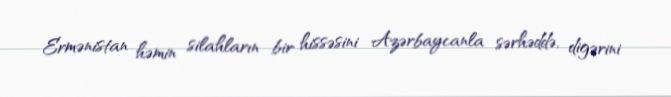
Ermənistan həmin silahların bir hissəsini Azərbaycanla sərhəddə, digərini